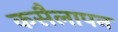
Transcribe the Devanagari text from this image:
कसैलापन